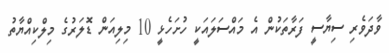
ވާދަވެރި ސިޔާސީ ފަރާތަކުން އެ މައްސަލައަކީ ހުށަހެޅީ 10 މިލިއަން ޑޮލަރުގެ މިލްކިއްޔާތު